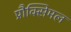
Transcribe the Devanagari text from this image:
प्रौक्सिमल